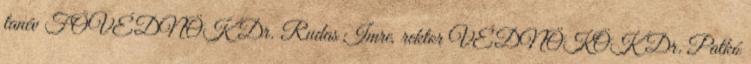
tanév FŐVÉDNÖK Dr. Rudas Imre, rektor VÉDNÖKÖK Dr. Patkó